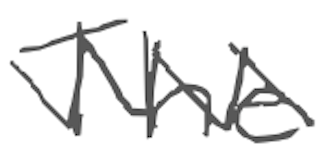
Text: The
Cross-out: zig-zag
Writing tool: digital_gray